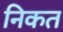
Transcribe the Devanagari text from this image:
निकत